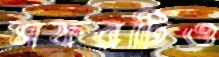
সফরটিও